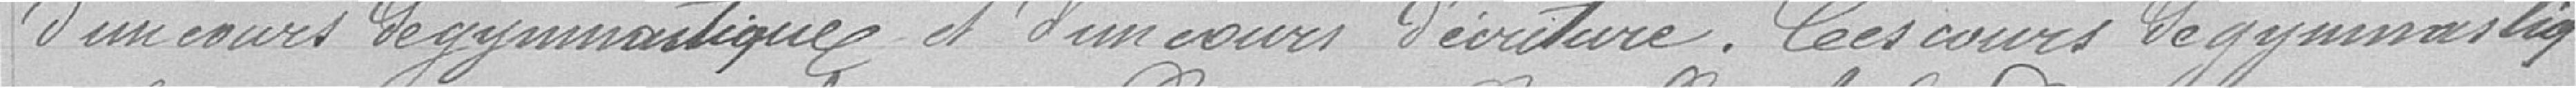
d'un cours de gymnastique, d'un cours d'écriture. Ces cours de gymnastique